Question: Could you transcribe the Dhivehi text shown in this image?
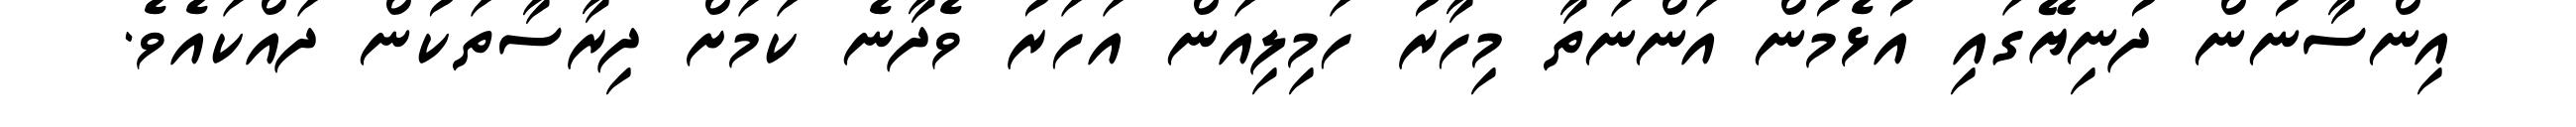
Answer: އިންސާނުން ދުނިޔޭގައި އުޅެމުން އަންނަތާ މިހާރު ހަމިލިއަން އަހަރު ވެދާނެ ކަމަށް ދިރާސާތަކުން ދައްކައެވެ.